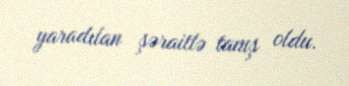
yaradılan şəraitlə tanış oldu.